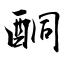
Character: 酮